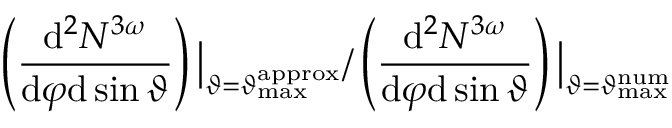
\left( \frac { \mathrm { d } ^ { 2 } N ^ { 3 \omega } } { \mathrm { d } \varphi \mathrm { d } \sin \vartheta } \right) \big | _ { \vartheta = \vartheta _ { \mathrm { m a x } } ^ { \mathrm { a p p r o x } } } / \left( \frac { \mathrm { d } ^ { 2 } N ^ { 3 \omega } } { \mathrm { d } \varphi \mathrm { d } \sin \vartheta } \right) \big | _ { \vartheta = \vartheta _ { \mathrm { m a x } } ^ { \mathrm { n u m } } }